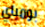
بومباي